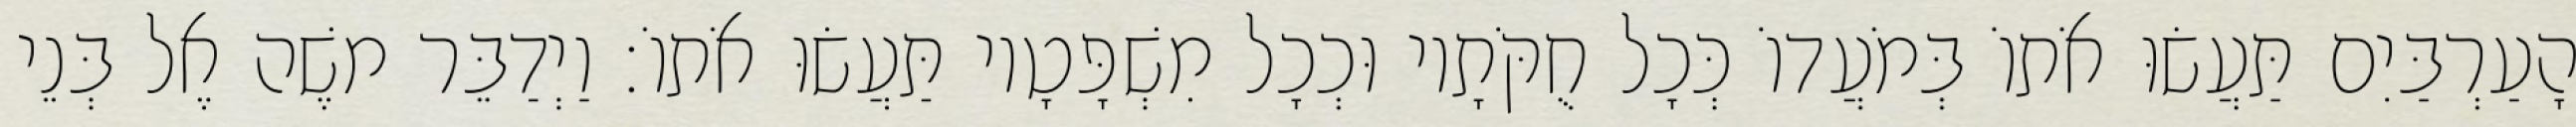
הָעַרְבַּיִם תַּעֲשׂוּ אֹתוֹ בְּמֹעֲדוֹ כְּכָל חֻקֹּתָיו וּכְכָל מִשְׁפָּטָיו תַּעֲשׂוּ אֹתוֹ׃ וַיְדַבֵּר משֶׁה אֶל בְּנֵי